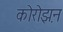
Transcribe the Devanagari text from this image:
कोरोझ़न